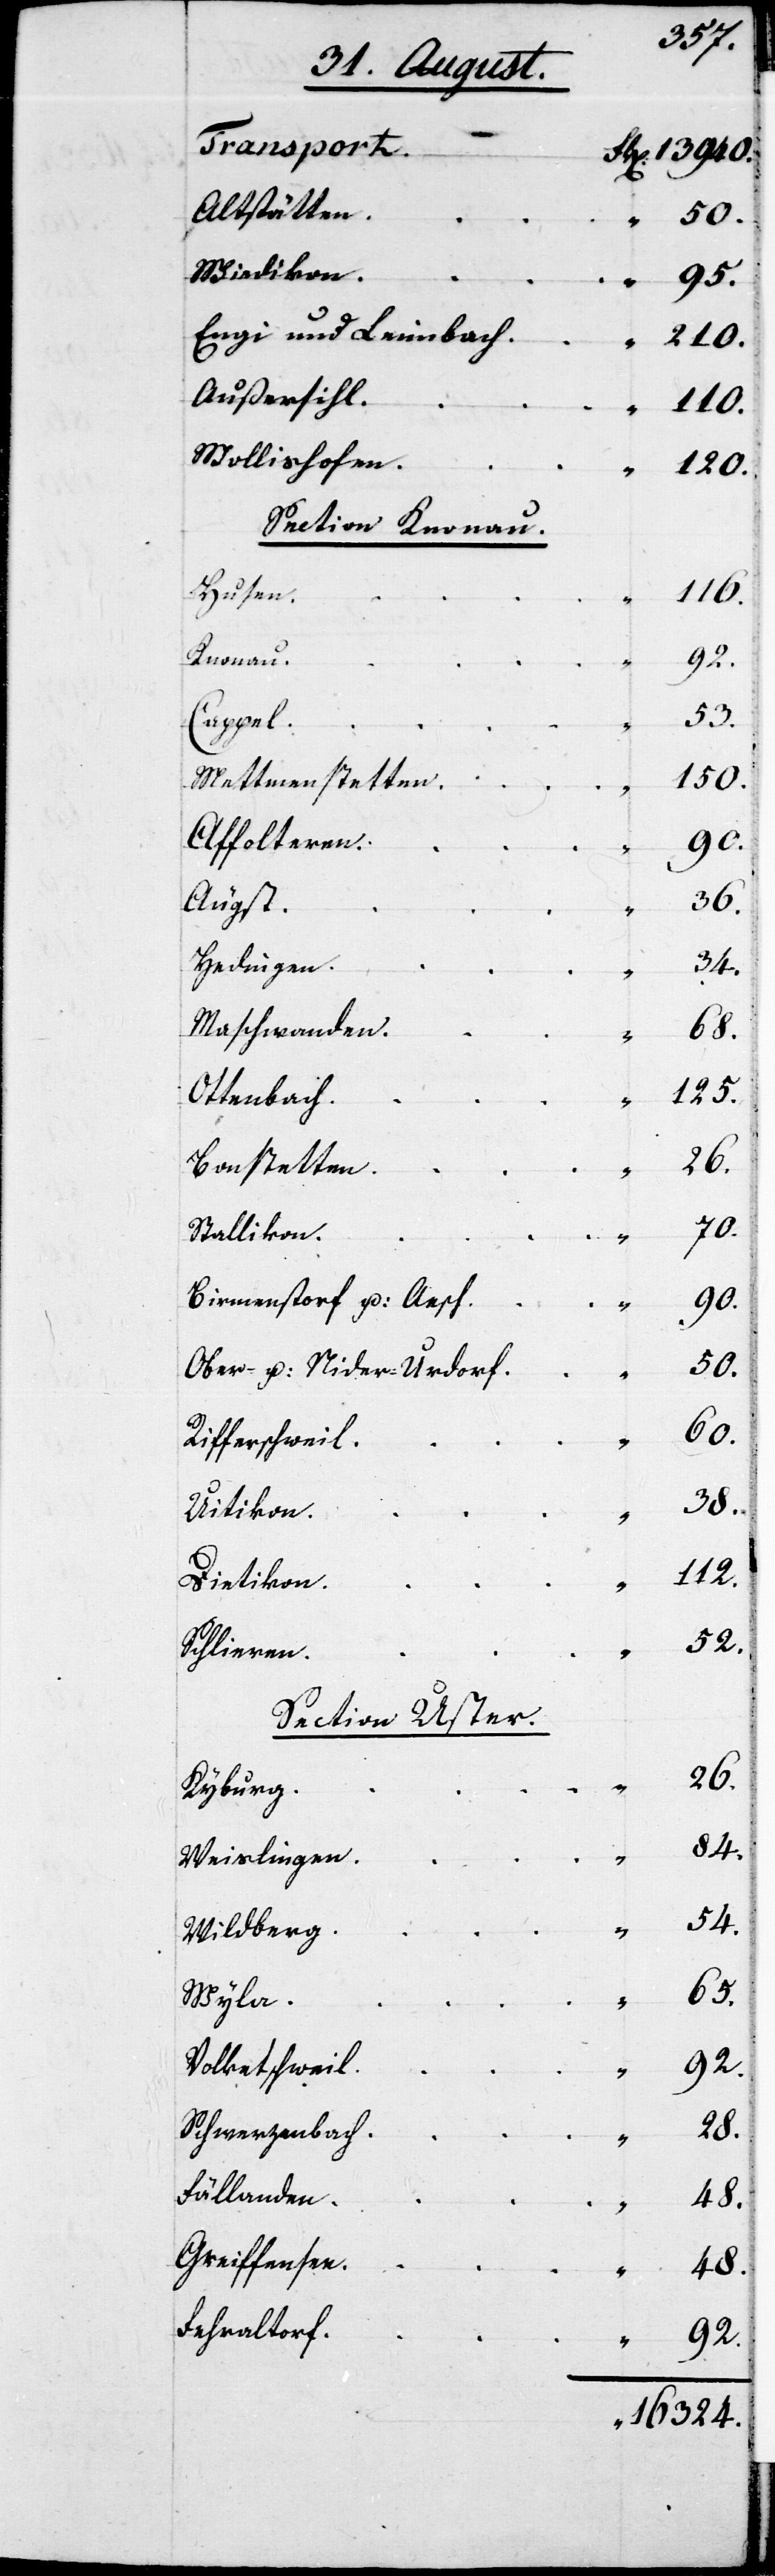
t	Frk. 13940.
Altstätten
„ 	50.
Wiedikon
„ 	95.
Engi und Leimbach	 „ 	210.
Außersihl
„ 	110.
Wollishofen
„ 	120.
Section Knonau.
Hausen
116.
Knonau
Cappel
Mettmenstetten
„
Affolteren
Hedingen
„
Maschwanden
„ 	65.
Ottenbach
Bonstetten
„ 	26.
Stallikon
„
Birmenstorf und Äsch
„
Ober- und Nieder-Urdorf
Rifferschweil
Uitikon
Dietikon
Schlieren
Section Uster.
Kyburg
Weißlingen
Wildberg
Volketschweil
Schwerzenbach
Fällanden
„ 	48.
Greiffensee
„ 	48.
Fehraltorf
„ 	92.
„ 	16324.